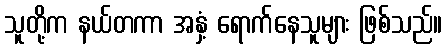
သူတို့က နယ်တကာ အနှံ့ ရောက်နေသူများ ဖြစ်သည်။